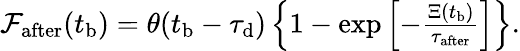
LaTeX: \begin{array}{r}{\mathcal{F}_{\mathrm{after}}(t_{\mathrm{b}})=\theta(t_{\mathrm{b}}-\tau_{\mathrm{d}})\left\{ 1-\exp\left[-\frac{\Xi(t_{\mathrm{b}})}{\tau_{\mathrm{after}}}\right]\right\} .}\end{array}